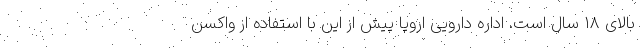
بالای ۱۸ سال است. اداره دارویی اروپا پیش از این با استفاده از واکسن